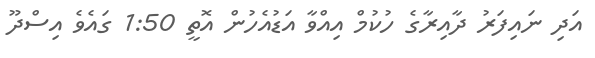
އަދި ނައިފަރު ދާއިރާގެ ހުކުމް އިއްވާ އަޑުއެހުން އޮތީ 1:50 ގައެވެ އިސްދޫ